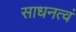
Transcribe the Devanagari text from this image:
साधनत्वं